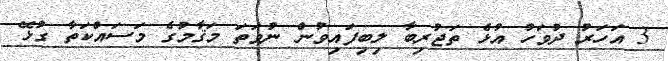
3 އަހަރު ދުވަހު އުޅެ ތަޖުރިބާ ލިބިފައިވުން ނުވަތަ މަޤާމުގެ މަސައްކަތާ ގުޅޭ